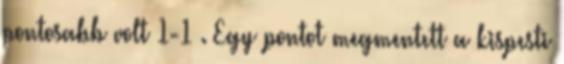
pontosabb volt 1-1 . Egy pontot megmentett a kispesti